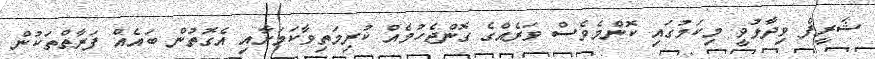
ޝަރީފް ވިދާޅުވީ މިކަމުގައި ކޮންމެވެސް ވަރެއްގެ ގޮންޖެހުމެއް ކުރިމަތިވާކަމަށާއި އެގޮތުން ބައެއް ފަރާތްތަކުން